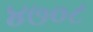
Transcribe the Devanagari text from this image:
४७०८